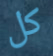
كل